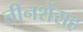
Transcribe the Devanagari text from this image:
तीनशेंसह